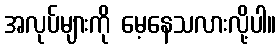
အလုပ်များကို မေ့နေသလားလို့ပါ။